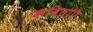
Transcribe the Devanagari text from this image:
कविताऍ